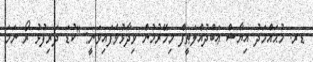
ޑރ. މުޙައްމަދު އިޔާޟް ޢަބްދުއްލަޠީފް މިމޭރުމުން ވިދާޅުވެފައިވަނީ: "ކުޑަ ދަރިފުޅު ރޯ ނަމަ